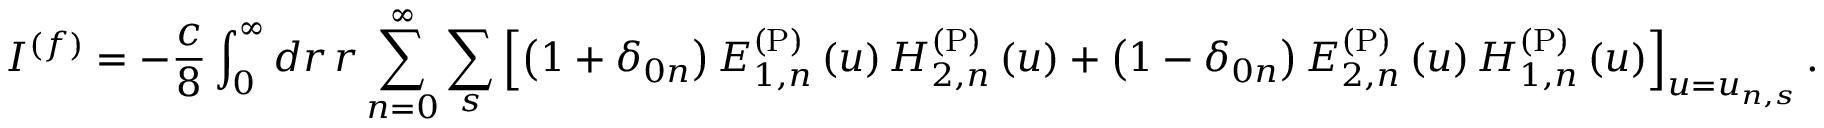
I ^ { ( f ) } = - \frac { c } { 8 } \int _ { 0 } ^ { \infty } d r \, r \sum _ { n = 0 } ^ { \infty } \sum _ { s } \left[ \left( 1 + \delta _ { 0 n } \right) E _ { 1 , n } ^ { \mathrm { ( P ) } } \left( u \right) H _ { 2 , n } ^ { \mathrm { ( P ) } } \left( u \right) + \left( 1 - \delta _ { 0 n } \right) E _ { 2 , n } ^ { \mathrm { ( P ) } } \left( u \right) H _ { 1 , n } ^ { \mathrm { ( P ) } } \left( u \right) \right] _ { u = u _ { n , s } } .